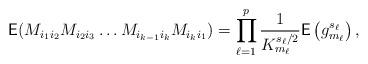
LaTeX: \begin{align*}\mathsf{E}(M_{i_1i_2}M_{i_2i_3}\ldots M_{i_{k-1}i_k}M_{i_ki_1})=\prod_{\ell=1}^{p} \frac{1}{K_{m_{\ell}}^{s_{\ell}/2}}\mathsf{E}\left(g_{m_\ell}^{s_{\ell}}\right),\end{align*}